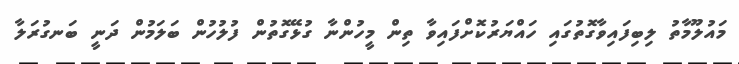
މައުލޫމާތު ލިބިފައިވާގޮތުގައި ހައްޔަރުކޮށްފައިވާ ތިން މީހުންނާ ގުޅޭގޮތުން ފުލުހުން ބަލަމުން ދަނީ ބަނގުރަލާ